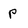
Character: p